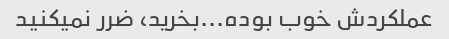
عملکردش خوب بوده...بخرید، ضرر نمیکنید